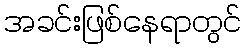
အခင်းဖြစ်နေရာတွင်